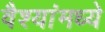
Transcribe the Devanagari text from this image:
वैश्यांमध्ये